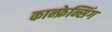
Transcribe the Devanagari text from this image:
कान्फ्रेन्सिंग